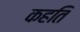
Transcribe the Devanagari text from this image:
कहति